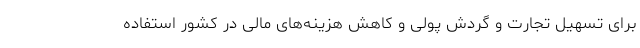
برای تسهیل تجارت و گردش پولی و کاهش هزینه‌های مالی در کشور استفاده